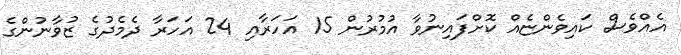
އެއްވެސް ކައިވެންޏެއް ކޮށްފައިނުވާ އުމުރުން 15 އަހަރާއި 24 އަހަރާ ދެމެދުގެ ޒުވާނުންގެ